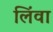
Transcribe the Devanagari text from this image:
लिंवा